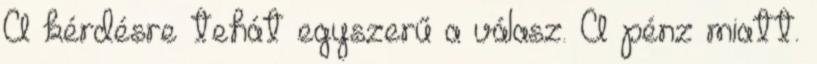
A kérdésre tehát egyszerű a válasz. A pénz miatt.